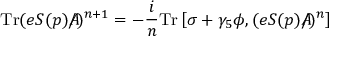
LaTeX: \mathrm { T r } ( e S ( p ) A \! \! \! \! \slash ) ^ { n + 1 } = - { \frac { i } { n } } \mathrm { T r } \left[ \sigma + \gamma _ { 5 } \phi , ( e S ( p ) A \! \! \! \! \slash ) ^ { n } \right]